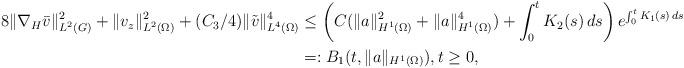
LaTeX: \begin{align*}8\|\nabla_H\bar v\|_{L^2(G)}^2 + \|v_z\|_{L^2(\Omega)}^2 + (C_3/4)\|\tilde v\|_{L^4(\Omega)}^4 &\le \left( C(\|a\|_{H^1(\Omega)}^2 + \|a\|_{H^1(\Omega)}^4) + \int_0^t K_2(s)\,ds \right) e^{\int_0^t K_1(s)\,ds} \\&=: B_1(t, \|a\|_{H^1(\Omega)}), t\ge0,\end{align*}